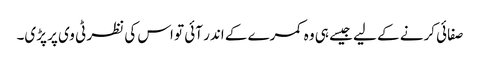
صفائی کرنے کے لیے جیسے ہی وہ کمرے کے اندر آئی تو اس کی نظر ٹی وی پر پڑی۔